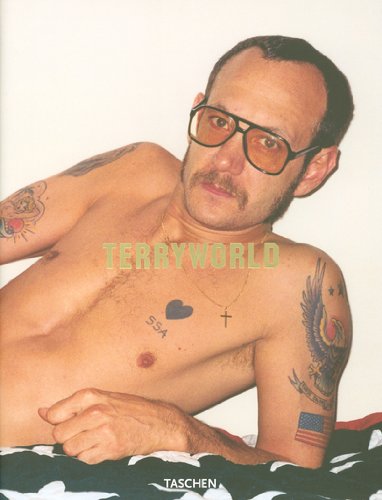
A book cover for Terryworld (Photo Books S.); Arts & Photography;